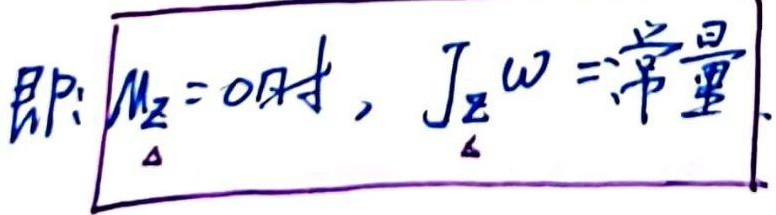
即：$M_{z}=0$时，$J_{z}\omega =常量$